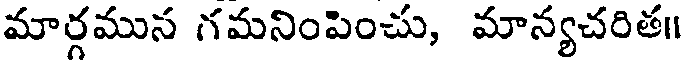
మార్గమున గమనింపించు, మాన్యచరిత॥